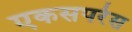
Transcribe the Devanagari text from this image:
एकसपरेस